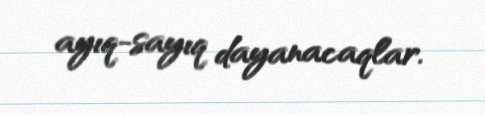
ayıq-sayıq dayanacaqlar.